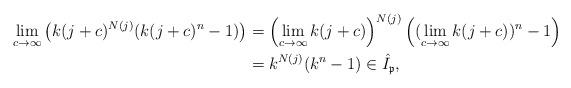
LaTeX: \begin{align*} \lim_{c\rightarrow \infty} \left( k(j+c)^{N(j)}(k(j+c)^n-1)\right) &= \left(\lim_{c\rightarrow \infty} k(j+c)\right)^{N(j)}\left((\lim_{c\rightarrow\infty}k(j+c))^n-1\right) \\ &= k^{N(j)}(k^n-1) \in \hat{I}_{\mathfrak{p}},\end{align*}